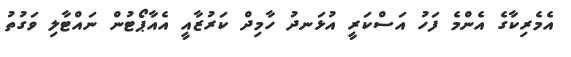
އެމެރިކާގެ އެންމެ ފަހު އަސްކަރީ އުޅަނދު ހާމިދް ކަރުޒާއީ އެއާޕޯޓުން ނައްޓާލި ވަގުތު